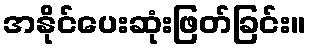
အနိုင်ပေးဆုံးဖြတ်ခြင်း။